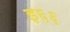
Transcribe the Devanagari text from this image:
इ६६